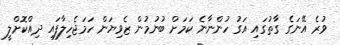
ވުރެ އޭނަގެ ގާތުގައި އަގު ހުންނާނެ ކަމަށް ބުނުމުން ޒެވިޔަން ހަމަޖެހިލާފައި ދިއްކޮށްލީ